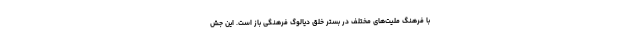
با فرهنگ ملیت‌های مختلف در بستر خلق دیالوگ فرهنگی باز است. این جش